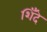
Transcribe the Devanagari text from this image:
शिँदे